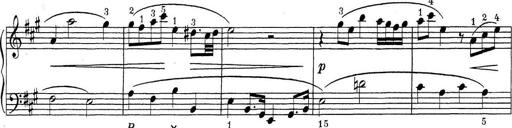
Title: ÄŒeskÃ© Sonatiny
Composer: Various